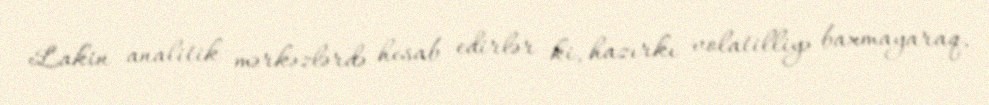
Lakin analitik mərkəzlərdə hesab edirlər ki, hazırkı volatilliyə baxmayaraq,